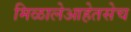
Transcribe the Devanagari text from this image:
मिळालेआहेतसेच